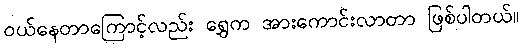
ဝယ်နေတာကြောင့်လည်း ရွှေက အားကောင်းလာတာ ဖြစ်ပါတယ်။